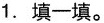
1.填一填。